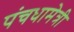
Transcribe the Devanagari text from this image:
पंचधामेत्री